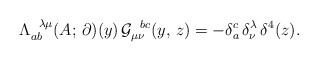
\begin{align*}\Lambda^{\hskip2mm\lambda\mu}_{ab}(A;\,\partial)(y)\,{\cal G}_{\mu\nu}^{\hskip2mm bc}(y,\,z)=-\delta^c_a\,\delta^\lambda_\nu\,\delta^4(z).\end{align*}